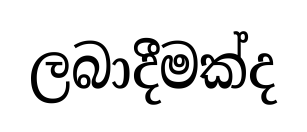
ලබාදීමක්ද